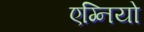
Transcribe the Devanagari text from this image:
एग्नियो